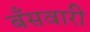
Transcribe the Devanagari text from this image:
बँसवारी